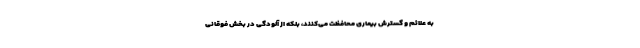
به علائم و گسترش بیماری محافظت می‌کنند، بلکه از آلودگی در بخش فوقانی